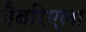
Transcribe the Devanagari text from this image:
गैबरिएला